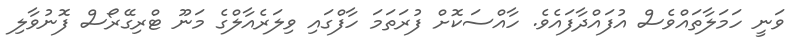
ވަނީ ހަމަލާތައްވެސް އުފައްދާފައެވެ. ހާއްސަކޮށް ފުރަތަމަ ހާފްގައި ވިލަރެއާލްގެ މަނޫ ޓްރިގޭރޯސް ފޮނުވާލި